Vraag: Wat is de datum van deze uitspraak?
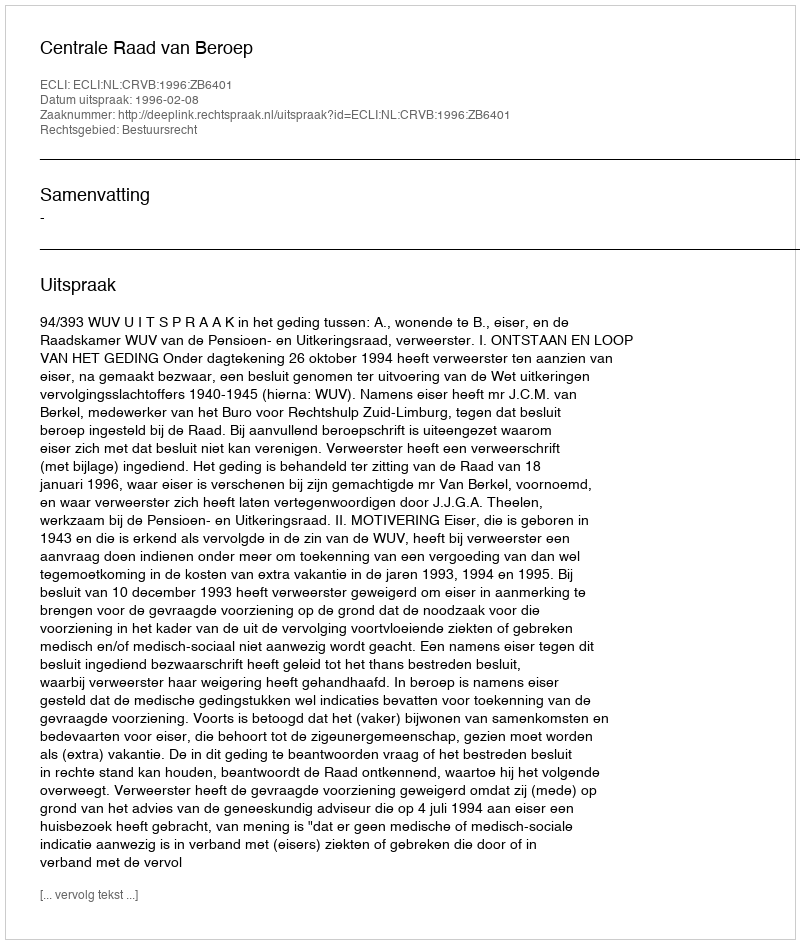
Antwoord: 1996-02-08